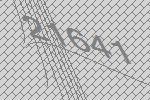
21641